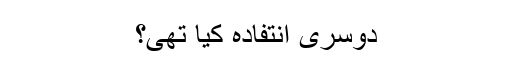
دوسری انتفادہ کیا تھی؟